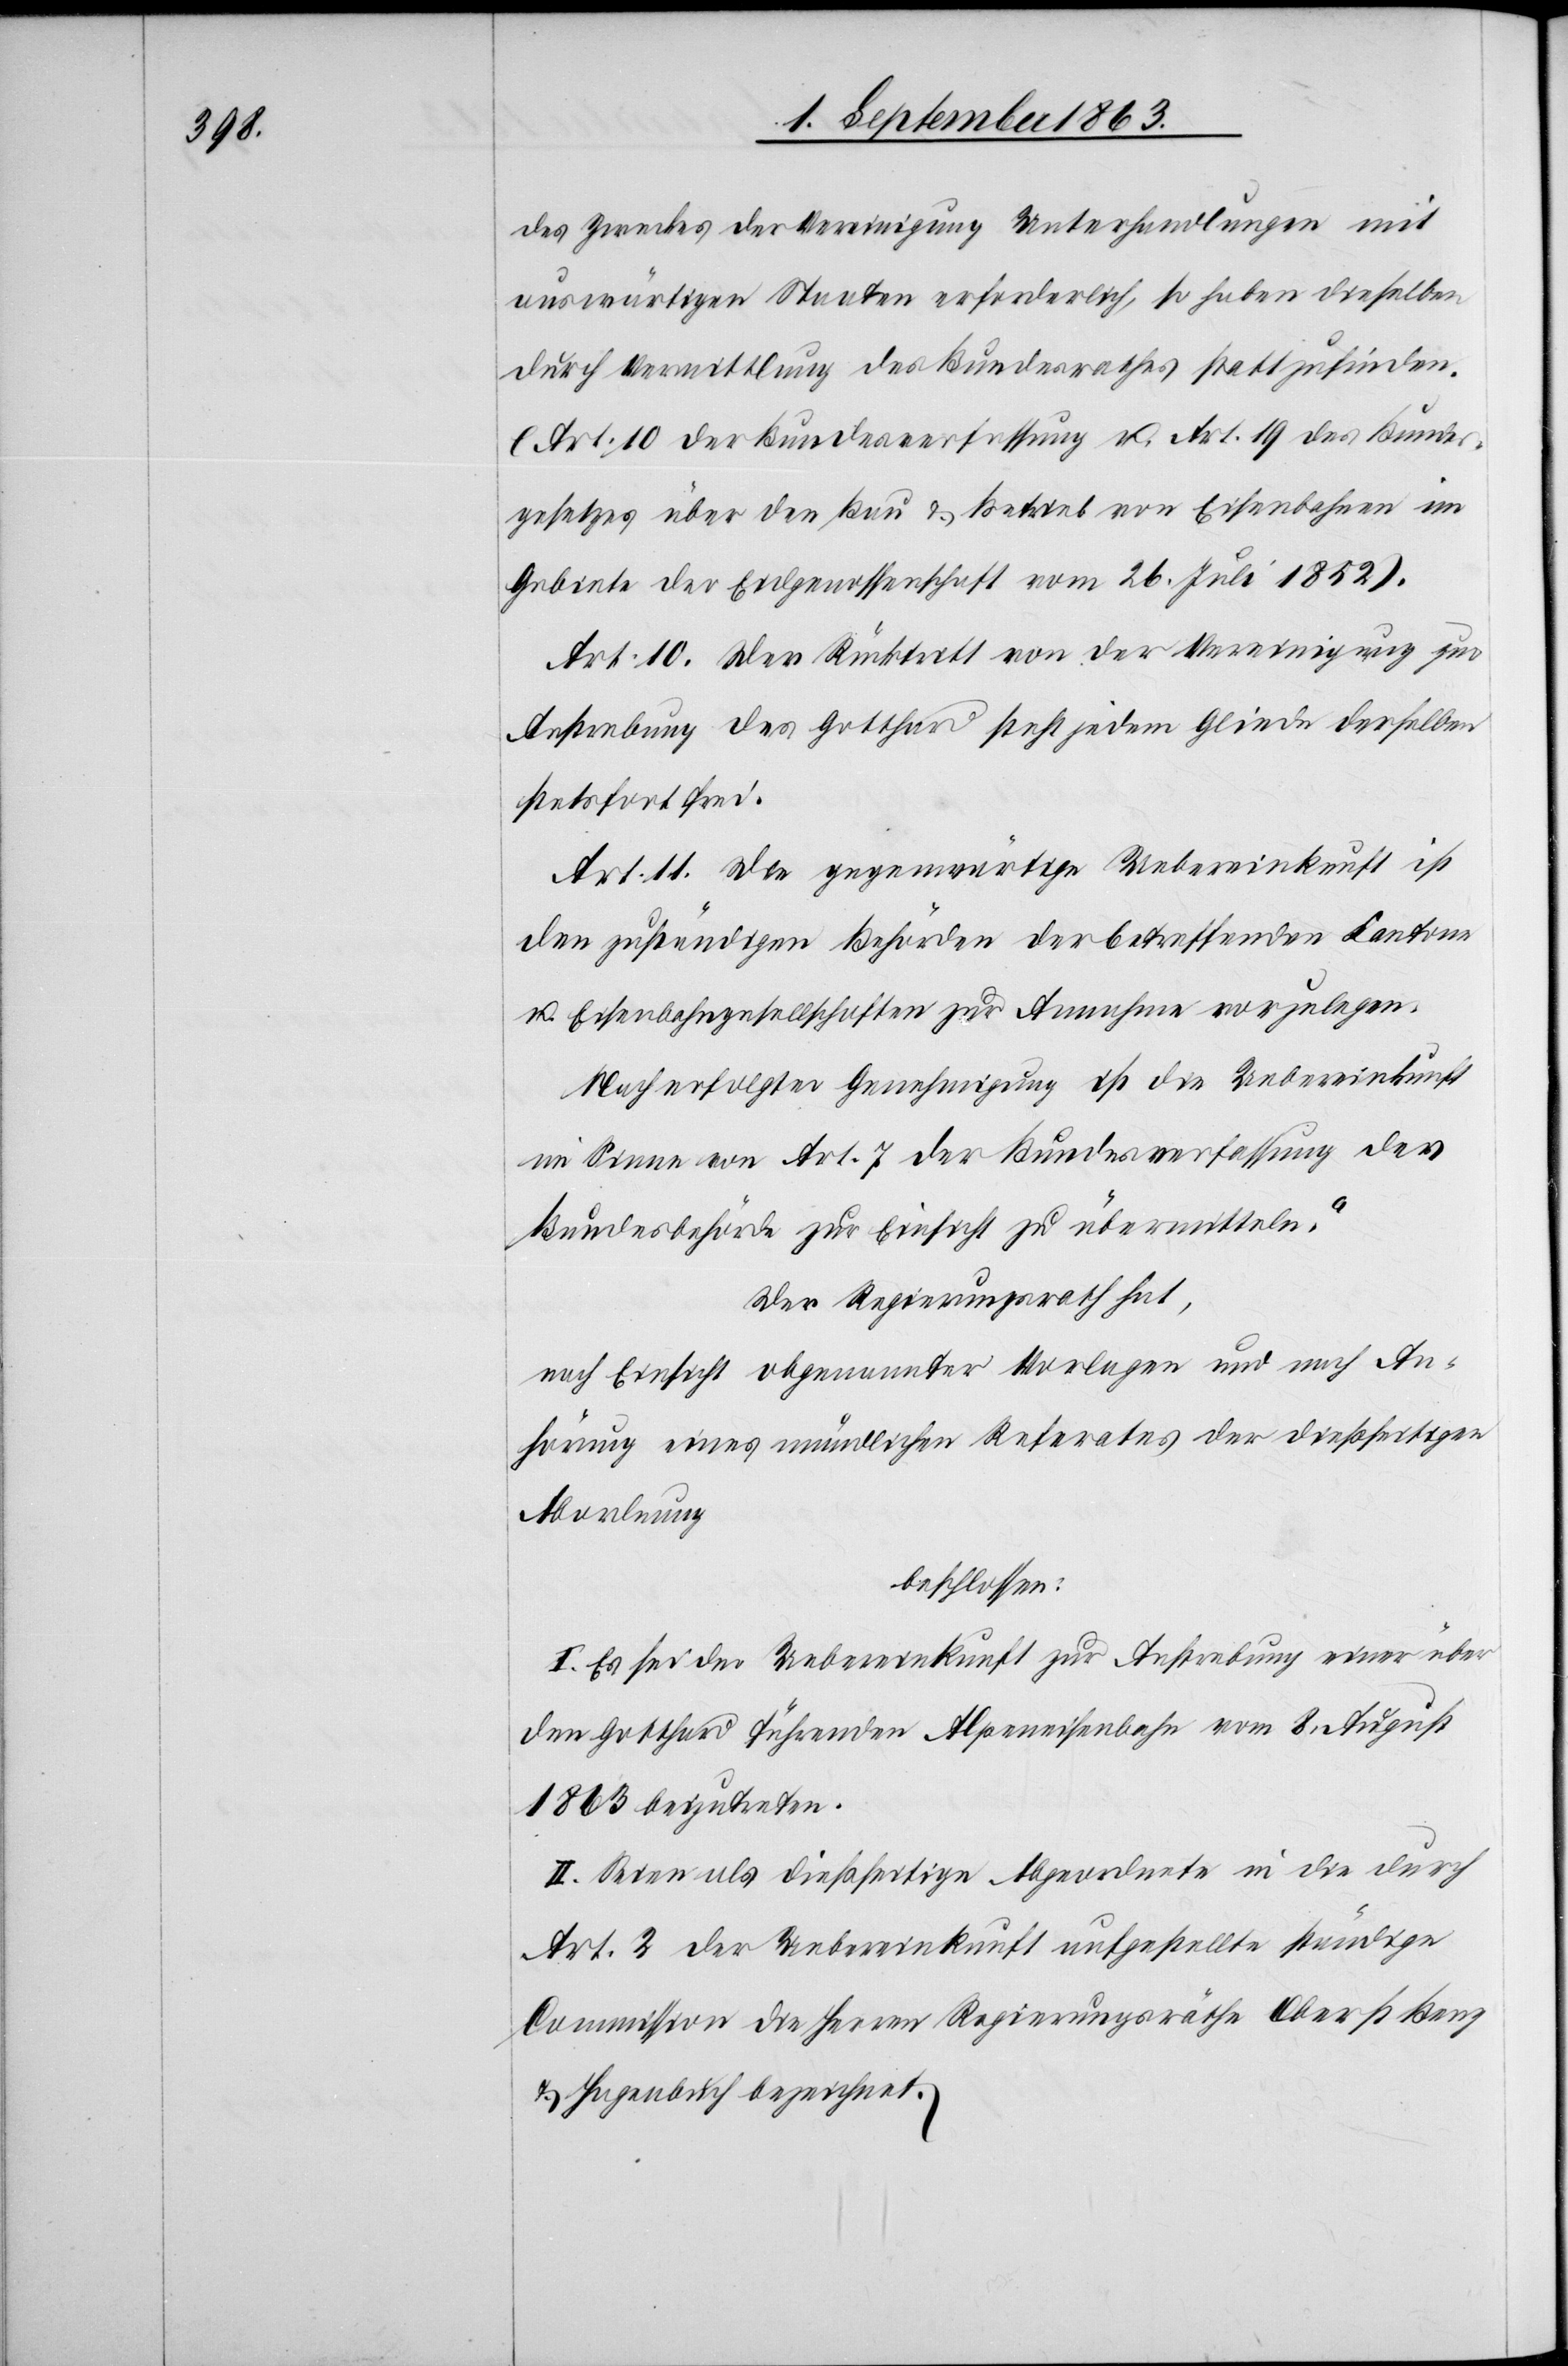
des Zweckes der Vereinigung Unterhandlungen mit
auswärtigen Staaten erforderlich, so haben dieselben
durch Vermittlung des Bundesrathes stattzufinden.
(Art. 10 der Bundesverfassung u. Art. 19 des Bundes¬
gesetzes über den Bau & Betrieb von Eisenbahnen im
Gebiete der Eidgenossenschaft vom 26. Juli 1852).
Art. 10. Der Rücktritt von der Vereinigung quo
Anstrebung des Gotthard steht jedem Gliede derselben
stetsfort frei.
Art. 11. Die gegenwärtige Uebereinkunft ist
den zuständigen Behörden der betreffenden Kantone
u. Eisenbahngesellschaften zur Annahme vorzulegen.
Nach erfolgter Genehmigung ist die Uebereinkunft
im Sinne von Art. 7 der Bundesverfassung der
Bundesbehörde zur Einsicht zu übermitteln.“
Der Regierungsrath hat,
nach Einsicht obgenannter Vorlagen und nach An¬
hörung eines mündlichen Referates der dießseitigen
Abordnung
beschlossen:
I. Es sei der Uebereinkunft zur Anstrebung einer über
den Gotthard führenden Alpeneisenbahn vom 8. August
1863 beizutreten.
II. Seien als dießseitige Abgeordnete in die durch
Art. 2 der Uebereinkunft aufgestellte ständige
Commission die Herren Regierungsräthe Oberst Benz
& Hagenbuch bezeichnet.